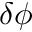
\delta \phi